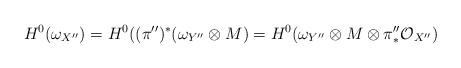
LaTeX: \begin{align*}H^0(\omega_{X^{\prime\prime}})=H^0((\pi^{\prime\prime})^{\ast}(\omega_{Y^{\prime\prime}}\otimes M)=H^0(\omega_{Y^{\prime\prime}}\otimes M\otimes \pi^{\prime\prime}_{\ast}\mathcal{O}_{X^{\prime\prime}})\end{align*}